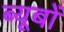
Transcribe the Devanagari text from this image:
ब्यूबों